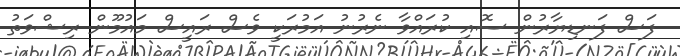
ފަސް ފަނޑިޔާރުން ސޮއި ކުރައްވާ ނެރުނު އަމުރަކީ ވެސް ރައީސް މައުމޫން ރިޝްވަތު